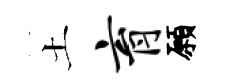
土育願